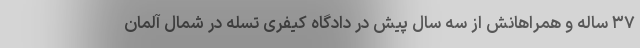
۳۷ ساله و همراهانش از سه سال پیش در دادگاه کیفری تسله در شمال آلمان